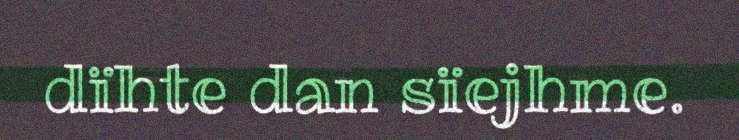
dïhte dan sïejhme.